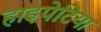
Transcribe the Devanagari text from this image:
हाइपेटिया